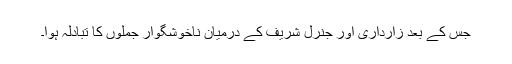
جس کے بعد زارداری اور جنرل شریف کے درمیان ناخوشگوار جملوں کا تبادلہ ہوا۔